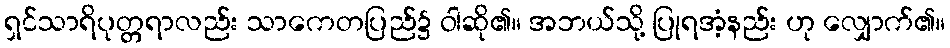
ရှင်သာရိပုတ္တရာလည်း သာကေတပြည်၌ ဝါဆို၏။ အဘယ်သို့ ပြုရအံ့နည်း ဟု လျှောက်၏။